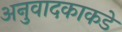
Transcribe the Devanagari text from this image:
अनुवादकाकडे